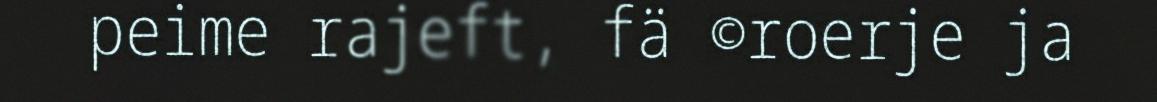
peime rajeft, fä ©roerje ja